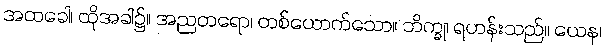
အထခေါ၊ ထိုအခါ၌။ အညတရော၊ တစ်ယောက်သော။ ဘိက္ခု၊ ရဟန်းသည်။ ယေန၊